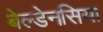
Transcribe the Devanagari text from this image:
बेल्डेनसिया